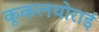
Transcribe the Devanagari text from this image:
कूकलथोराई